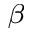
_ \beta